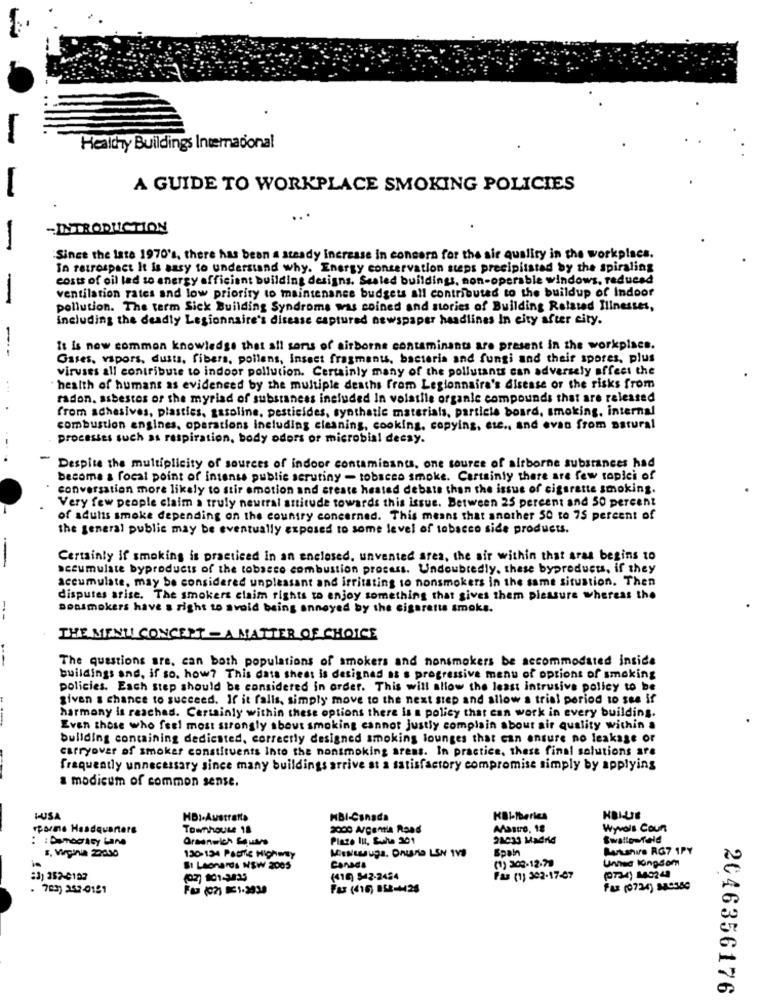
Healthy Buildings Internacional
A GUIDE TO WORKPLACE SMOKING POLICIES
-INTRODUCTION
-
"Since the late 1970's, there has been a steady increase in concern for the air quality in the workplace.
In retrospect It is aasy to understand why. Energy conservation steps precipitated by the spiraling
costs of oil led to energy efficient building designs, Sealed buildings, non-operable windows, reduced
ventilation rates and low priority to maintenance budgets all contributed to the buildup of Indoor
-
pollution. The term Sick Building Syndrome was coined and stories of Building Related Illnesses,
including the deadly Legionnaire's disease captured newspaper headlines In city after city.
It is now common knowledge that all sorts of airborne contaminants are present in the workplace.
Gases, vapors, dusts, fibers, pollens, insect fragments, bacteria and fungi and their spores, plus
viruses all contribute to indoor pollution. Certainly many of the pollutants can adversely affect the
. ..
health of humans as evidenced by the multiple deaths from Legionnaire's disease or the risks from
radon. asbestos or the myriad of substaness included In volatile organic compounds that are released
from adhesives, plasties, gasoline, pesticides, synthetic materials, particle board, smoking, internal
combustion engines, operations including cleaning, cooking, copying, etc ., and evan from natural
processes such as respiration, body odors or microbial decay.
Despite the multiplicity of sources of indoor contaminants, one source of airborne substances had
become a focal point of intense publie scrutiny - tobacco smoke. Certainly there are few topici of
conversation more likely to stir emotion and create heated debate than the issue of cigarette smoking.
Very few people claim a truly neutral attitude towards this issue. Between 25 percent and 50 percent
of adults smoke depending on the country concerned. This means that another 50 to 75 percent of
the general public may be eventually exposed to some level of tobacco side products.
-
Certainly if smoking is practiced in an enclosed, unvented area, the air within that aras begins to
accumulate byproducts of the tobacco combustion process. Undoubtedly. these byproducts, if they
accumulate, may be considered unpleasant and irritating to nonsmokers in the same situation. Then
disputes arise. The smokers claim rights to enjoy something that gives them pleasure whereas the
nonsmokers have s right to avoid being annoyed by the cigarette smoke.
THE MENU CONCEPT - A MATTER OF CHOICE
The questions are, can both populations of smokers and nonsmokers be accommodated inside
buildings and, if so, how? This data sheet is designed as a progressive menu of options of smoking
policies. Each step should be considered in order. This will allow the least intrusive policy to be
given a chance to succeed. If it falls, simply move to the next step and allow a trial period to see if
harmony is raschad. Certainly within these options there is a policy that can work in every building.
Even those who feel most strongly about smoking cannot justly complain about air quality within a
building containing dedicated, correctly designed smoking lounges that can ensure no leakage or
carryover of smoker constituents Into the nonsmoking areas. In practice, these final solutions are
frequently unnecessary since many buildings arrive at a satisfactory compromise simply by applying
a modicum of common sense.
LUSA
HDI-Austratta
MBI-Canada
HBILE
spare Headquarters
Townhouse 18
2000 Agentia Road
AMastro, 18
Wyvols Coun
: Democracy Lane
Greenwich Square
Plazo Iut, Suhe 301
28033 MaAnd
Swallowfeld
Mestuga, Onuria LEN 1VB
Spain
Berkshire RG7 1PY
130-134 PASTic HighMEY
(1) 302-12-79
United Kingdom
St Leonards WSW 2005
Canada
:3) 352-0182
(02) 101-3435
(416) $42-2484
Fas (1) 302-17-47
(734) 149242
. 783) 252-0151
Fax (416) 858-4126
Fax (0734) 840560
2046356176